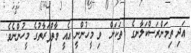
އަދި ތިމަންރަސްކަލާނގެ  ތަކަށް  ވި މީހުންނީ އެއީ ވާތްފަރާތުގެ މީހުންނެވެ.